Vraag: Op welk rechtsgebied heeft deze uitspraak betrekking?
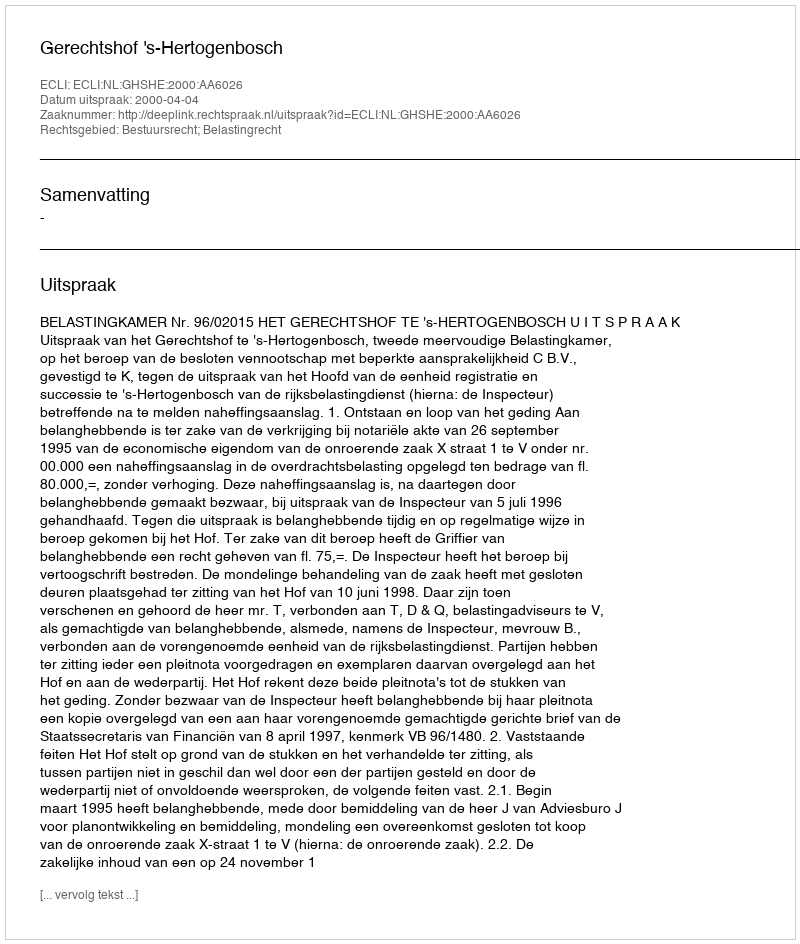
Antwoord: Bestuursrecht; Belastingrecht